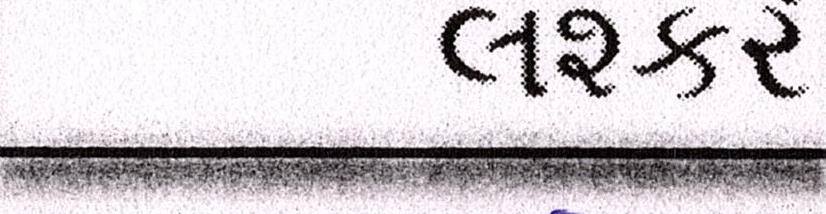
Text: લશ્કરે